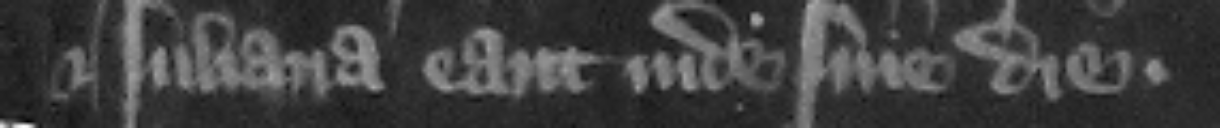
et luliana eant inde sine die.